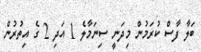
ބަލާ ފާސް ކުރަމުން މިދަނީ ސިނަމާލެ 1 އަދި 2 ގެ އިތުރުން